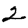
Digit: 2